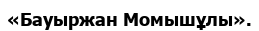
«Бауыржан Момышұлы».